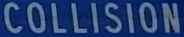
COLLISION